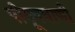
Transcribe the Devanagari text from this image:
पीयूषवाणी